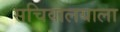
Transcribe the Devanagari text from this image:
सचिवालयाला